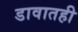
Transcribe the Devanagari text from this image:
डावातही